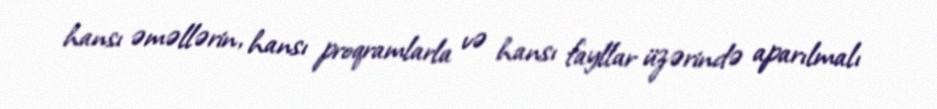
hansı əməllərin, hansı proqramlarla və hansı fayllar üzərində aparılmalı